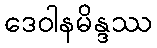
ဒေဝါနမိန္ဒဿ